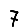
Digit: 7